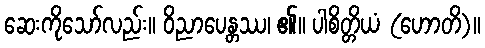
ဆေးကိုသော်လည်း။ ဝိညာပေန္တဿ၊ ၏။ ပါစိတ္တိယံ (ဟောတိ)။